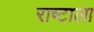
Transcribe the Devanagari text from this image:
राष्टाला